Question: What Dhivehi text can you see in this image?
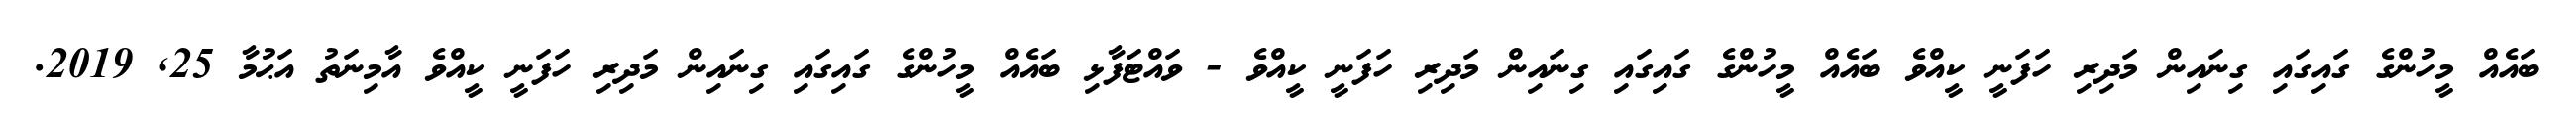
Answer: ބައެއް މީހުންގެ ގައިގައި ގިނައިން މަދިރި ހަފަނީ ކީއްވެ ބައެއް މީހުންގެ ގައިގައި ގިނައިން މަދިރި ހަފަނީ ކީއްވެ - ވައްޓަފާޅި ބައެއް މީހުންގެ ގައިގައި ގިނައިން މަދިރި ހަފަނީ ކީއްވެ އާމިނަތު އަޙުމާ 25, 2019.